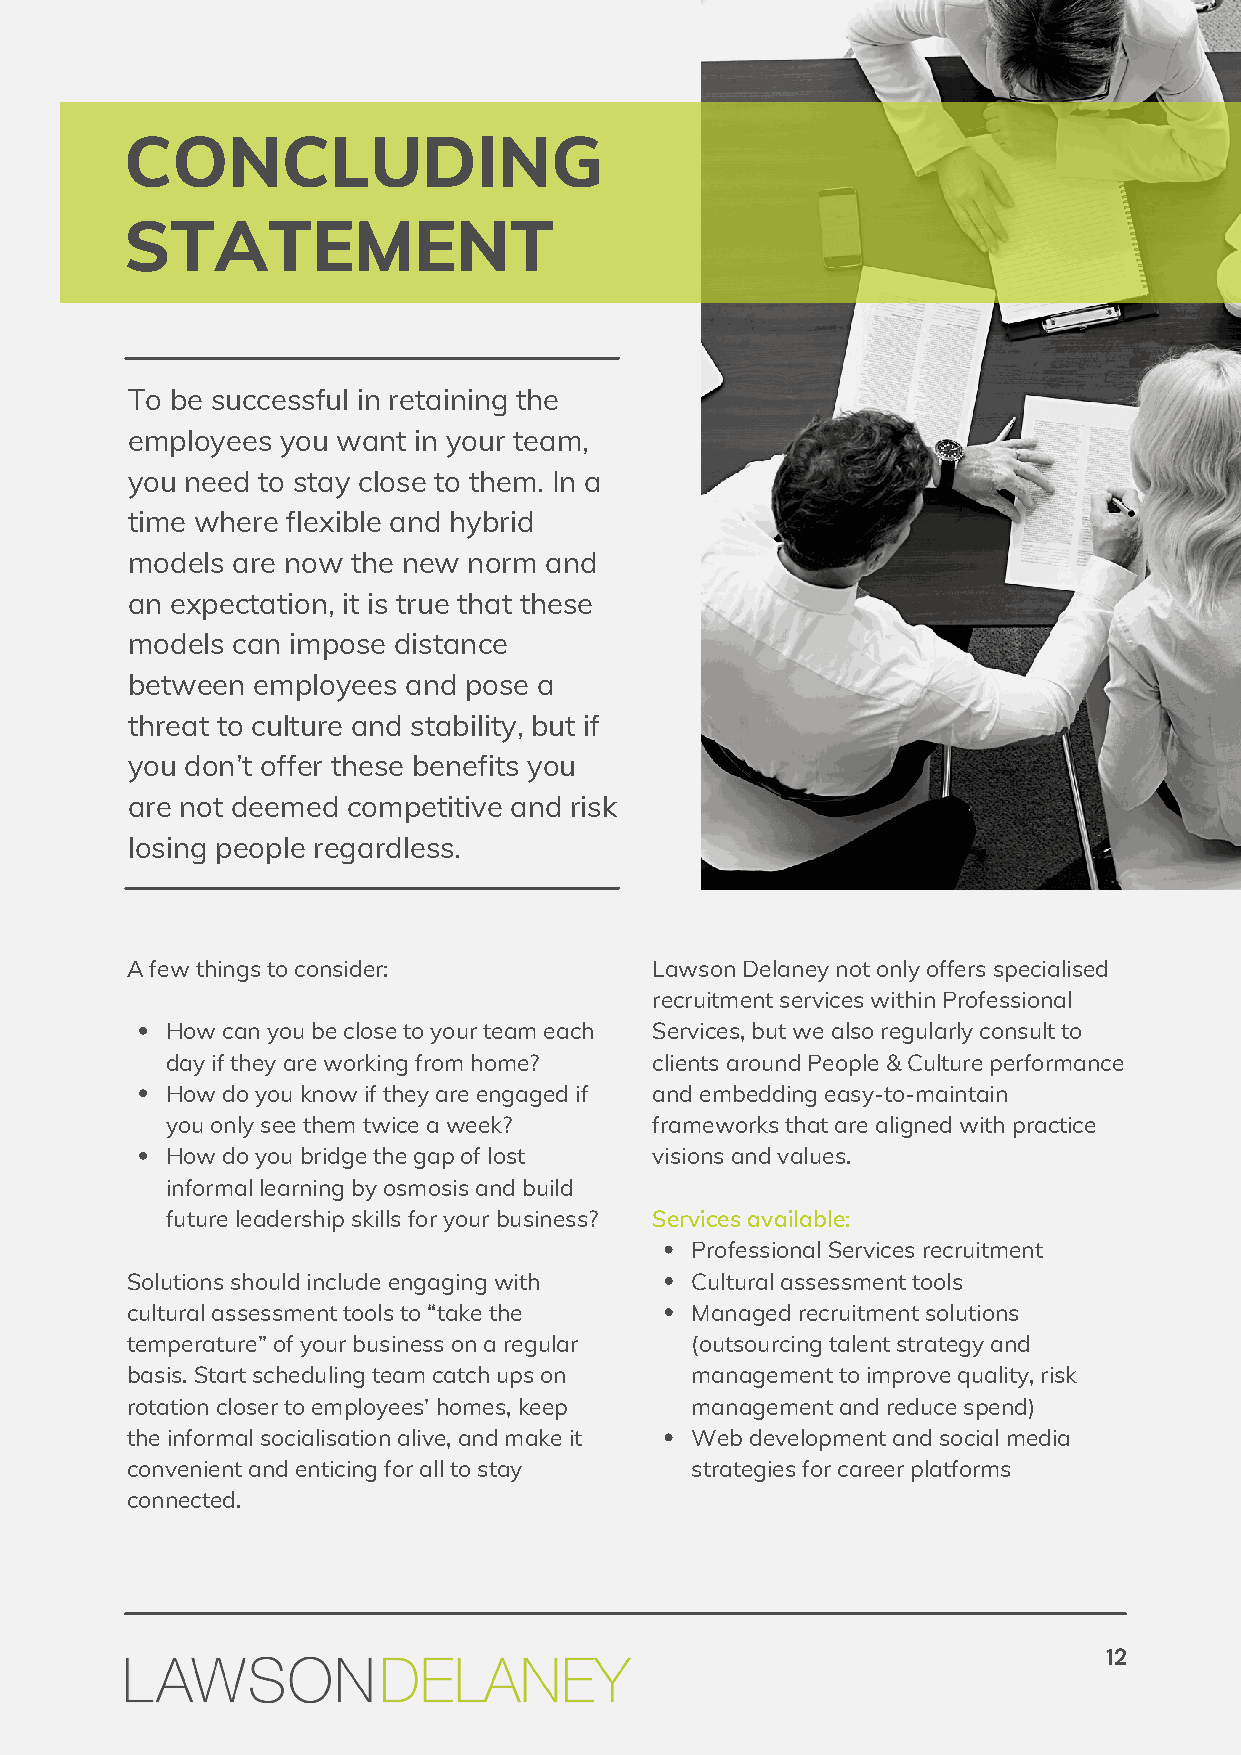
CONCLUDING
 STATEMENT
 To be successful in retaining the
 employees  you want in your team,
 you need to stay close to them. In a
 time where flexible and hybrid
 models are now the new norm and
 an expectation, it is true that these
 models can impose distance
 between  employees and pose a
 threat to culture and stability, but if
 you don’t offer these benefits you
 are not deemed competitive and risk
 losing people regardless.
 A few things to consider:          Lawson Delaney not only offers specialised
 recruitment services within Professional
 How can you be close to your team each Services, but we also regularly consult to
 day if they are working from home? clients around People & Culture performance
 How do you know if they are engaged if and embedding easy-to-maintain
 you only see them twice a week? frameworks that are aligned with practice
 How do you bridge the gap of lost visions and values.
 informal learning by osmosis and build
 future leadership skills for your business? Services available:
 Professional Services recruitment
 Solutions should include engaging with Cultural assessment tools
 cultural assessment tools to “take the Managed recruitment solutions
 temperature” of your business on a regular (outsourcing talent strategy and
 basis. Start scheduling team catch ups on management to improve quality, risk
 rotation closer to employees’ homes, keep management and reduce spend)
 the informal socialisation alive, and make it Web development and social media
 convenient and enticing for all to stay strategies for career platforms
 connected.
 12